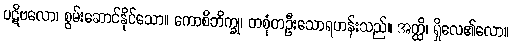
ပဋိဗလော၊ စွမ်းဆောင်နိုင်သော။ ကောစိဘိက္ခု၊ တစုံတဦးသောရဟန်းသည်။ အတ္ထိ၊ ရှိလေ၏လော။